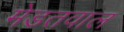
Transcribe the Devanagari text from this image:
मेडतवाल